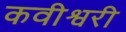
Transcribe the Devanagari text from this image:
कवीश्वरी